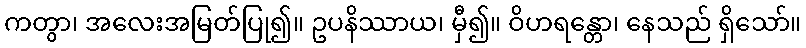
ကတွာ၊ အလေးအမြတ်ပြု၍။ ဥပနိဿာယ၊ မှီ၍။ ဝိဟရန္တော၊ နေသည် ရှိသော်။